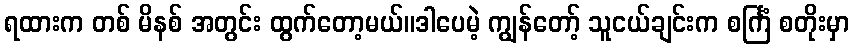
ရထားက တစ် မိနစ် အတွင်း ထွက်တော့မယ်။ဒါပေမဲ့ ကျွန်တော့် သူငယ်ချင်းက စင်္ကြံ စတိုးမှာ